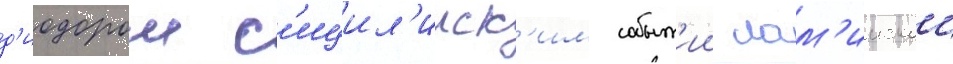
д'иодором с'ицил'ииск'им событ'ии лам'иискои